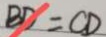
B D = C D